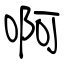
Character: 啊